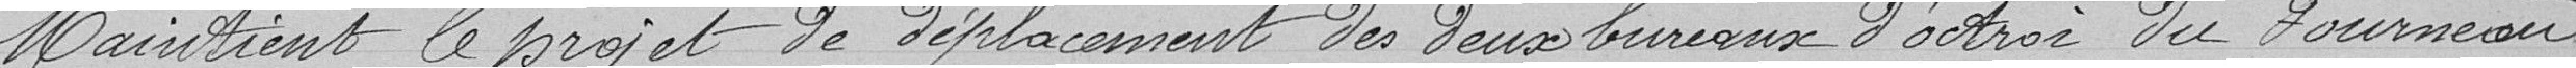
Maintient le projet de déplacement des deux bureaux d'octroi du Fourneau